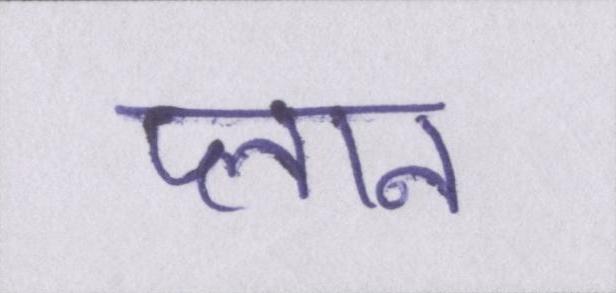
प्लान